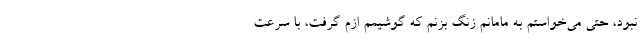
نبود، حتی می‌خواستم به مامانم زنگ بزنم که گوشیمم ازم گرفت، با سرعت